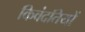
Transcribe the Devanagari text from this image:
किवंदतियों